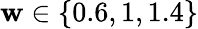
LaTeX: \mathbf{w}\in\{ 0.6,1,1.4\}